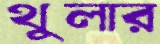
থুলার